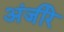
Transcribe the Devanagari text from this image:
अंजीरे